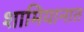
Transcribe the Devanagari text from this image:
शामियानात